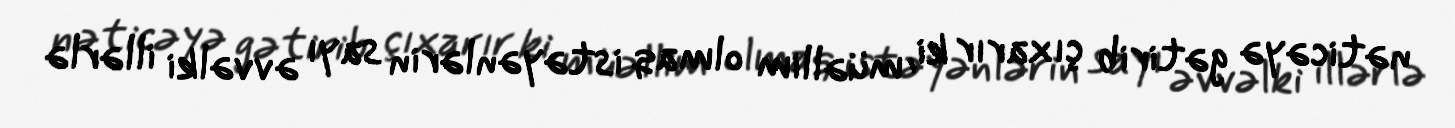
nəticəyə gətirib çıxarır ki, müəllim olmaq istəyənlərin sayı əvvəlki illərlə